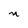
Character: n